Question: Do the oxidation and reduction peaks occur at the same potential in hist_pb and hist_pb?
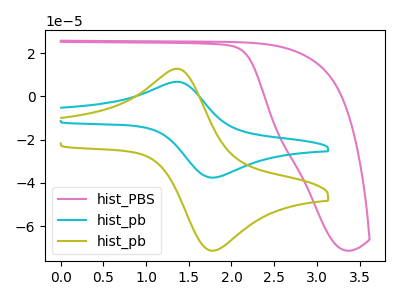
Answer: <think>The pink curve "hist_PBS" has no peaks. The cyan curve "hist_pb" has an anodic peak at (1.35V, 6.70uA) and a cathodic peak at (1.80V, -37.55uA). The olive curve "hist_pb" has an anodic peak at (1.35V, 12.75uA) and a cathodic peak at (1.80V, -71.35uA).</think>
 <answer>Yes, "hist_pb" have a peak in "hist_pb" at the same potential.</answer>
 <eval>match</eval>